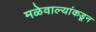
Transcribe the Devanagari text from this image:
मळेवाल्यांकडून